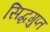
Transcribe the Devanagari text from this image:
सिद्धगुप्त